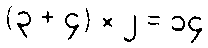
(၃ + ၄) × ၂ = ၁၄